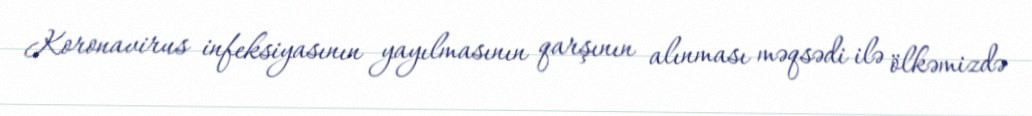
Koronavirus infeksiyasının yayılmasının qarşının alınması məqsədi ilə ölkəmizdə